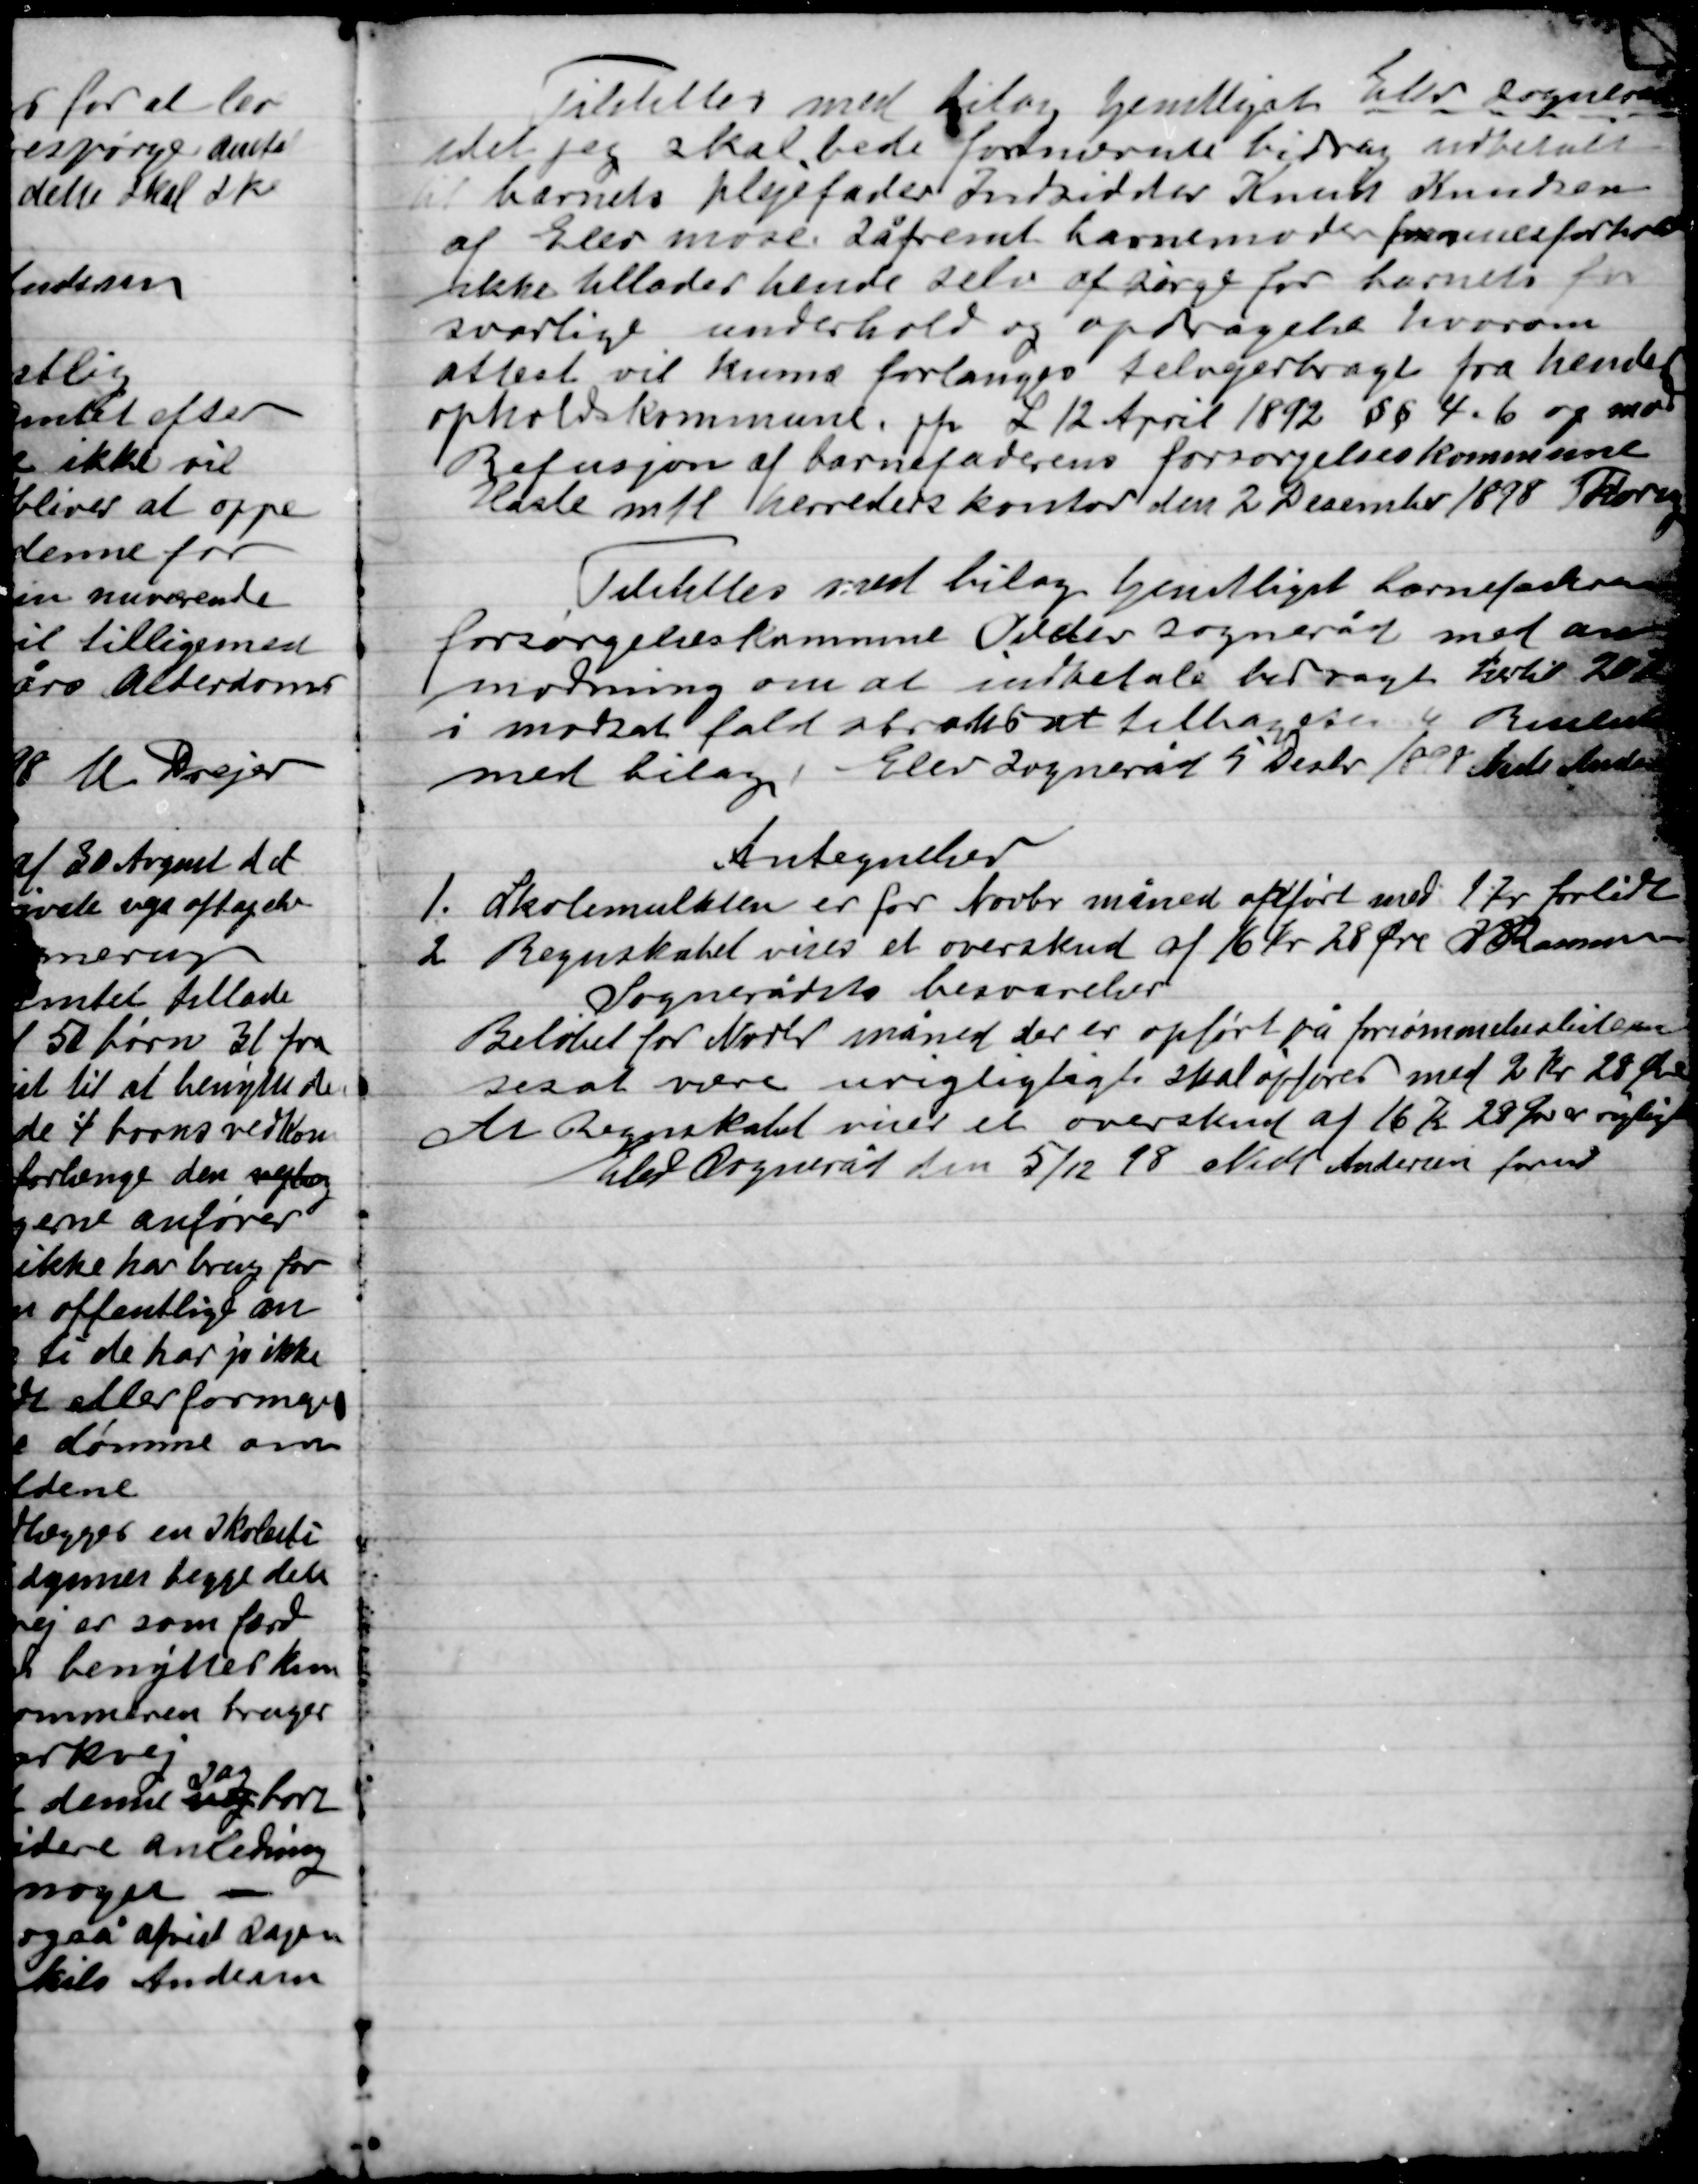
Transskription:
Tilstilles med bilag tjenstligt Elev Sogneråd
Idet jeg skal bede forterende bidrag udbetalt
til barnets plejefader Indsidder Knud Knudsen
af Elev mose. Såfremt barnemoderens formueforhold
ikke tillader hende selv at søge for barnets for-
svarlige underhold og opdragelse hvorom
attest vil kunne forlanges tilvejebragt fra hendes
opholdskommune pfr. L. 12 april 1892 § § 4.6 og med
Refusion af barnefaderens forsørgelseskommune
Hasle mfl. Herreder kontor den 2 December 1898 Thorup

Tilstilles med bilag tjenstligt barnefaderens
forsørgelseskommune Odder Songneråd med an-
modning om at indbetale bidraget hertil 20 Kr.
i modsat fald straks at tilbagesende Resultatet
med bilag Elev Sogneråd 5 Decbr. 1898 Niels Andersen

Antegnelser
1.	Skolemulkten er for Novbr. måned adført med 1 Kr forlidt
2.	Regnskabet viste et overskud af 16 Kr. 28 Øre K. Rasmussen
Sognerådets besvarelse
Beløbet for Novbr. måned der er opført på forsømmelseslisten
besat være urigtiglagte skal opføres med 2 Kr. 28 øre
Års regnskabet viser et overskud af 16 Kr. 28 Øre er rigtigt
Elev Sogneråd den 5/12 98 Niels Andersen fmd